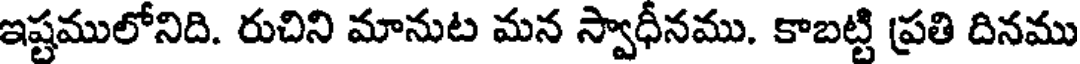
ఇష్టములోనిది. రుచిని మానుట మన స్వాధీనము. కాబట్టి ప్రతి దినము